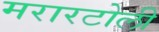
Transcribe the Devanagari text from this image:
मरारटोली